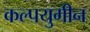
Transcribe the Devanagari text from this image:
कल्पयुगीन